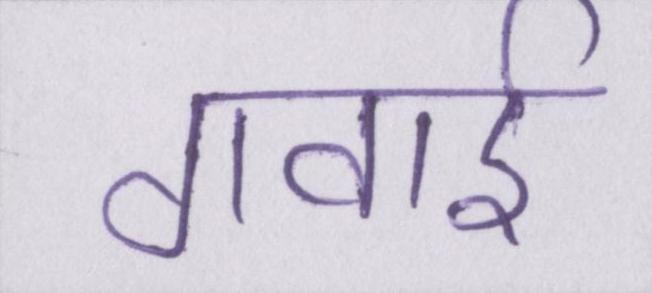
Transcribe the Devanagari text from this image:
गवाई